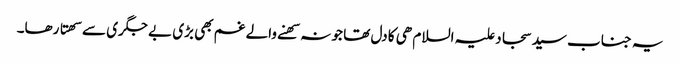
یہ جناب سید سجاد علیہ السلام ھی کا دل تھا جو نہ سھنے والے غم بھی بڑی بے جگری سے سھتا رھا۔